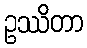
ဥဿိတာ